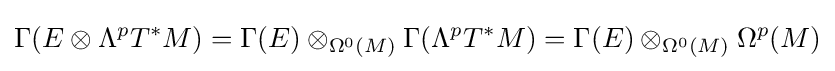
\Gamma (E\otimes \Lambda ^{p}T^{*}M)=\Gamma (E)\otimes _{\Omega ^{0}(M)}\Gamma (\Lambda ^{p}T^{*}M)=\Gamma (E)\otimes _{\Omega ^{0}(M)}\Omega ^{p}(M)